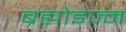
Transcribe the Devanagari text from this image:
ब्रह्मोइज्म